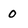
Character: 0